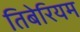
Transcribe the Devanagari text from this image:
तिबेरियम